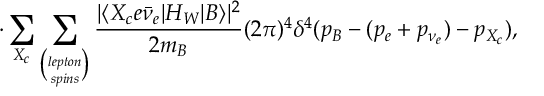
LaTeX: \cdot \sum _ { X _ { c } } \sum _ { \binom { l e p t o n } { s p i n s } } \frac { | \langle X _ { c } e \bar { \nu } _ { e } | H _ { W } | B \rangle | ^ { 2 } } { 2 m _ { B } } ( 2 \pi ) ^ { 4 } \delta ^ { 4 } ( p _ { B } - ( p _ { e } + p _ { \nu _ { e } } ) - p _ { X _ { c } } ) ,